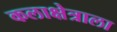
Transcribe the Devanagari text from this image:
कलाक्षेत्राला